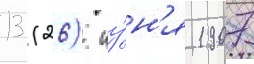
13 (26) иу́н'я 1907